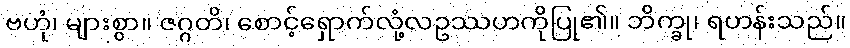
ဗဟုံ၊ များစွာ။ ဇဂ္ဂတိ၊ စောင့်ရှောက်လုံ့လဥဿဟကိုပြု၏။ ဘိက္ခု၊ ရဟန်းသည်။